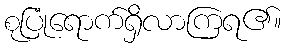
စုပြုံရောက်ရှိလာကြရ၏။